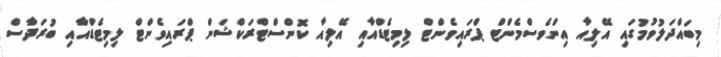
މިބައްދަލުވުމުގައި އޭލިއާ އިންވެސްމެންޓް ޕްރައިވެންޓް ލިމިޓެޑްއާއި އޭލިއާ ކޮންސްޓްރަކްޝަން ޕްރައިވެންޓް ލިމިޓެޑްއާއި ބުރަދާސް